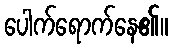
ပေါက်ရောက်နေ၏။